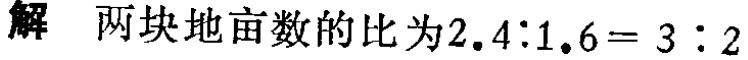
解 两块地亩数的比为\(2.4:1.6 = 3:2\)